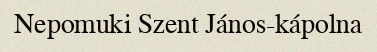
Nepomuki Szent János-kápolna